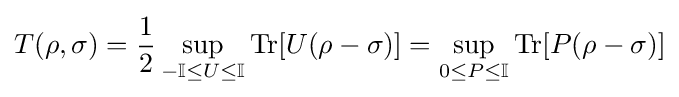
T(\rho ,\sigma )={\frac {1}{2}}\sup _{-\mathbb {I} \leq U\leq \mathbb {I} }\mathrm {Tr} [U(\rho -\sigma )]=\sup _{0\leq P\leq \mathbb {I} }\mathrm {Tr} [P(\rho -\sigma )]